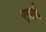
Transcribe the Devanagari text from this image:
एन्नाई